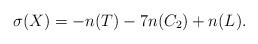
LaTeX: \begin{align*}\sigma(X)=-n(T)-7n(C_2)+n(L). \end{align*}